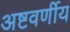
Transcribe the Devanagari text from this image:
अष्टवर्णीय